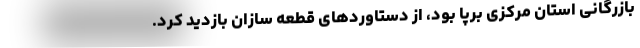
بازرگانی استان مرکزی برپا بود، از دستاوردهای قطعه سازان بازدید کرد.